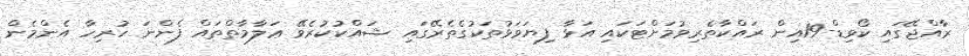
ރާއްޖޭގައި ކޯވިޑް-19އިން ރައްކާތެރިވުމަށްޓަކައި އަޅާ ފިޔަވަޅުތަކުގެތެރޭގައި ޝައްކުކުރެވޭ ޢަލާމާތްތައް ފެންނަ ހުރިހާ އެންމެން